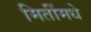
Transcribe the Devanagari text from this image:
मितींमधे